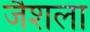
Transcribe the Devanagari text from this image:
जैशला